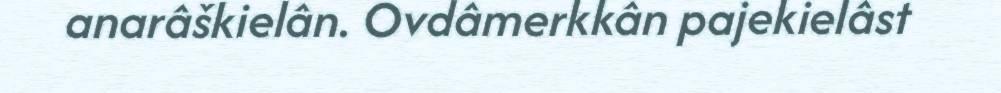
anarâškielân. Ovdâmerkkân pajekielâst